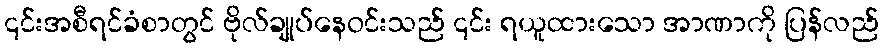
၎င်းအစီရင်ခံစာတွင် ဗိုလ်ချုပ်နေဝင်းသည် ၎င်း ရယူထားသော အာဏာကို ပြန်လည်